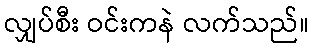
လျှပ်စီး ဝင်းကနဲ လက်သည်။